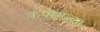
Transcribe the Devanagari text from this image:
कंपालाच्या